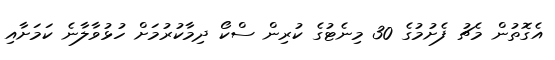
އެގޮތުން މެޗު ފެށުމުގެ 30 މިނެޓުގެ ކުރިން ސްކޯ ދިމާކުރުމަށް ހުޅުވާލާނެ ކަމަށާއި